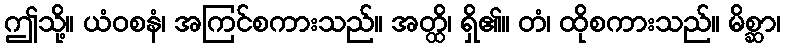
ဤသို့။ ယံဝစနံ၊ အကြင်စကားသည်။ အတ္ထိ၊ ရှိ၏။ တံ၊ ထိုစကားသည်။ မိစ္ဆာ၊